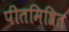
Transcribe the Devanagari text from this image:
पीतमिश्रित